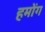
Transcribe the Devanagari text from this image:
हमोंग